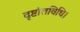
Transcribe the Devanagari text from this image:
दृष्टांतविधि।